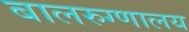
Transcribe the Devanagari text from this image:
बालरुग्णालय